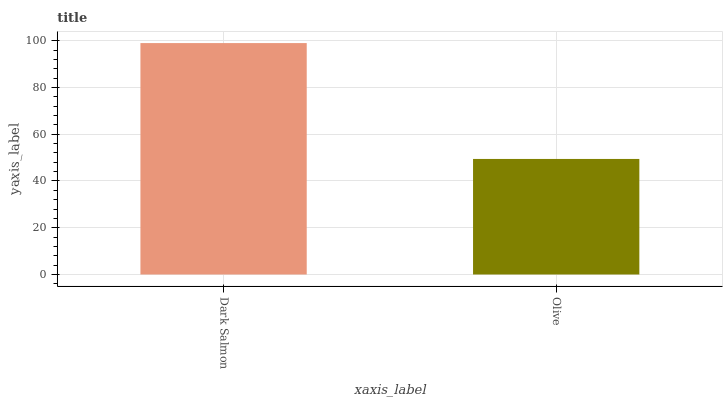
| xaxis_label | bars |
 | --- | --- |
 | Dark Salmon | 99 |
 | Olive | 49.4 |